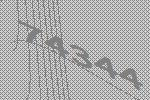
74344